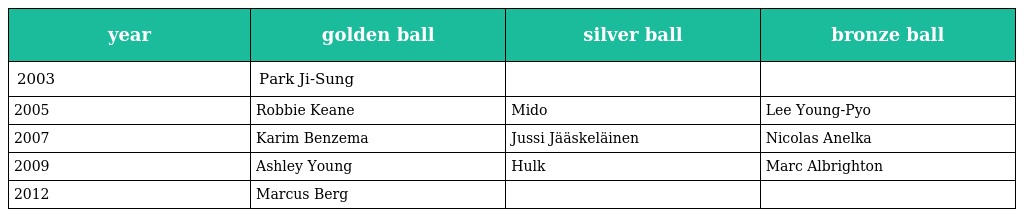
| year | golden ball | silver ball | bronze ball |
 | --- | --- | --- | --- |
 | 2003 | Park Ji-Sung |  |  |
 | 2005 | Robbie Keane | Mido | Lee Young-Pyo |
 | 2007 | Karim Benzema | Jussi Jääskeläinen | Nicolas Anelka |
 | 2009 | Ashley Young | Hulk | Marc Albrighton |
 | 2012 | Marcus Berg |  |  |